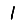
Digit: 1